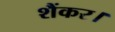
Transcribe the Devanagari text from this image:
शैंकर।